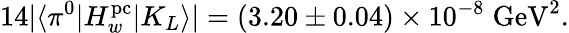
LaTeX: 14|\langle\pi^{0}|H_{w}^{\mathrm{pc}}|K_{L}\rangle|=(3.20\pm 0.04)\times 10^{-8}\; \mathrm{GeV}^{2}.